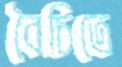
বৈচিত্রে